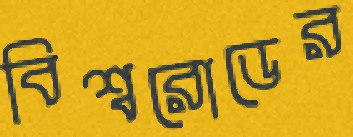
বিশ্বরোডের